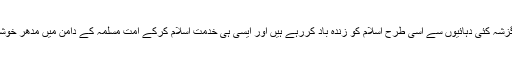
میں نے دیکھا کہ ہمارے محافظین ختم نبوت آج سے نہیں گزشہ کئی دہائیوں سے اسی طرح اسلام کو زندہ باد کررہے ہیں اور ایسی ہی خدمت اسلام کرکے اُمت مسلمہ کے دامن میں مدھر خوشیاں ڈال کر انہیں حقیقی مسرتوں سے مالامال کر رہے ہیں ۔